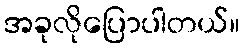
အခုလိုပြောပါတယ်။